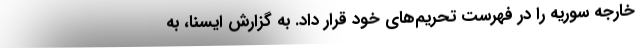
خارجه سوریه را در فهرست تحریم‌های خود قرار داد. به گزارش ایسنا، به